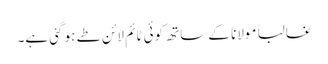
غالبا ًمولانا کے ساتھ کوئی ٹائم لائن طے ہو گئی ہے۔